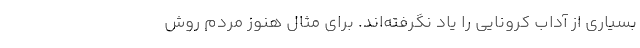
بسیاری از آداب کرونایی را یاد نگرفته‌اند. برای مثال هنوز مردم روش